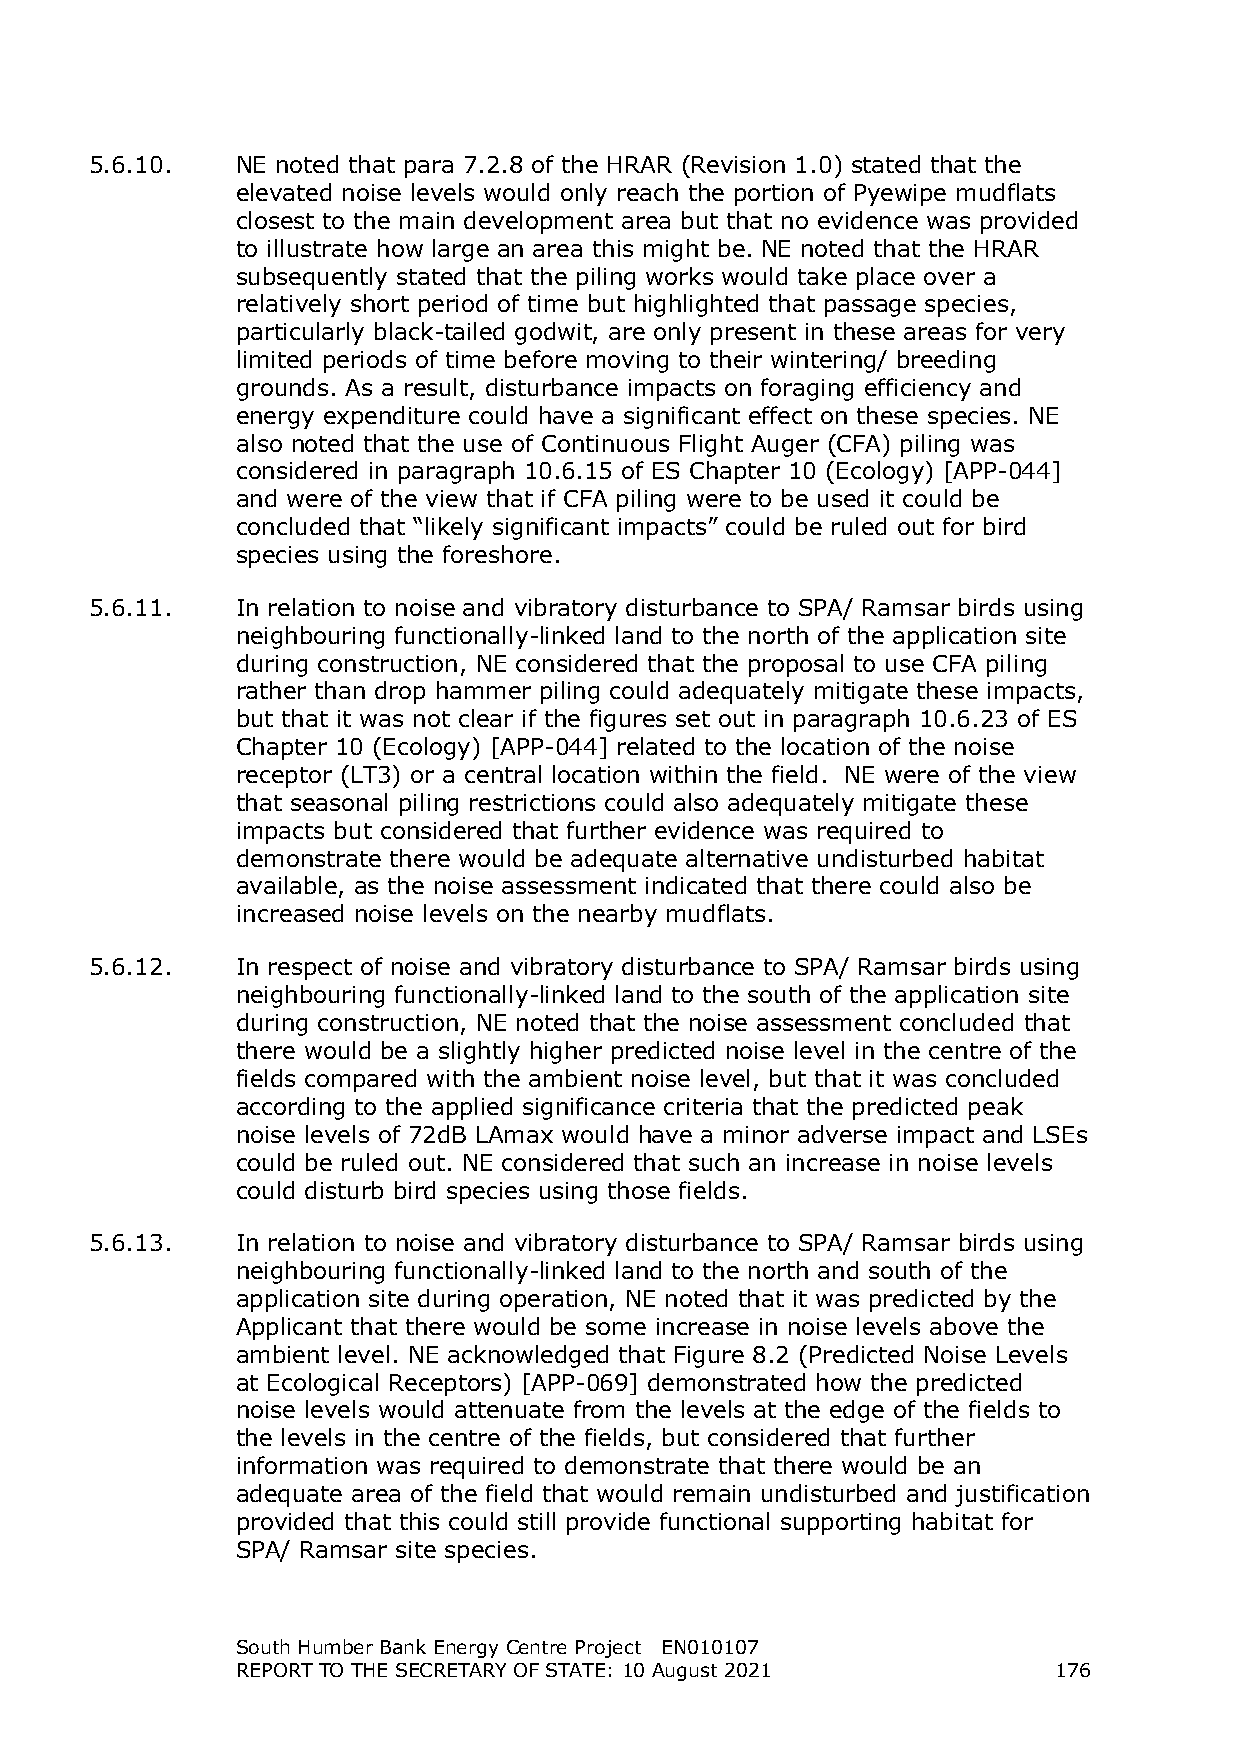
5.6.10.   NE noted that para 7.2.8 of the HRAR (Revision 1.0) stated that the
 elevated noise levels would only reach the portion of Pyewipe mudflats
 closest to the main development area but that no evidence was provided
 to illustrate how large an area this might be. NE noted that the HRAR
 subsequently stated that the piling works would take place over a
 relatively short period of time but highlighted that passage species,
 particularly black-tailed godwit, are only present in these areas for very
 limited periods of time before moving to their wintering/ breeding
 grounds. As a result, disturbance impacts on foraging efficiency and
 energy expenditure could have a significant effect on these species. NE
 also noted that the use of Continuous Flight Auger (CFA) piling was
 considered in paragraph 10.6.15 of ES Chapter 10 (Ecology) [APP-044]
 and were of the view that if CFA piling were to be used it could be
 concluded that “likely significant impacts” could be ruled out for bird
 species using the foreshore.
 5.6.11.   In relation to noise and vibratory disturbance to SPA/ Ramsar birds using
 neighbouring functionally-linked land to the north of the application site
 during construction, NE considered that the proposal to use CFA piling
 rather than drop hammer piling could adequately mitigate these impacts,
 but that it was not clear if the figures set out in paragraph 10.6.23 of ES
 Chapter 10 (Ecology) [APP-044] related to the location of the noise
 receptor (LT3) or a central location within the field. NE were of the view
 that seasonal piling restrictions could also adequately mitigate these
 impacts but considered that further evidence was required to
 demonstrate there would be adequate alternative undisturbed habitat
 available, as the noise assessment indicated that there could also be
 increased noise levels on the nearby mudflats.
 5.6.12.   In respect of noise and vibratory disturbance to SPA/ Ramsar birds using
 neighbouring functionally-linked land to the south of the application site
 during construction, NE noted that the noise assessment concluded that
 there would be a slightly higher predicted noise level in the centre of the
 fields compared with the ambient noise level, but that it was concluded
 according to the applied significance criteria that the predicted peak
 noise levels of 72dB LAmax would have a minor adverse impact and LSEs
 could be ruled out. NE considered that such an increase in noise levels
 could disturb bird species using those fields.
 5.6.13.   In relation to noise and vibratory disturbance to SPA/ Ramsar birds using
 neighbouring functionally-linked land to the north and south of the
 application site during operation, NE noted that it was predicted by the
 Applicant that there would be some increase in noise levels above the
 ambient level. NE acknowledged that Figure 8.2 (Predicted Noise Levels
 at Ecological Receptors) [APP-069] demonstrated how the predicted
 noise levels would attenuate from the levels at the edge of the fields to
 the levels in the centre of the fields, but considered that further
 information was required to demonstrate that there would be an
 adequate area of the field that would remain undisturbed and justification
 provided that this could still provide functional supporting habitat for
 SPA/ Ramsar site species.
 South Humber Bank Energy Centre Project EN010107
 REPORT TO THE SECRETARY OF STATE: 10 August 2021      176